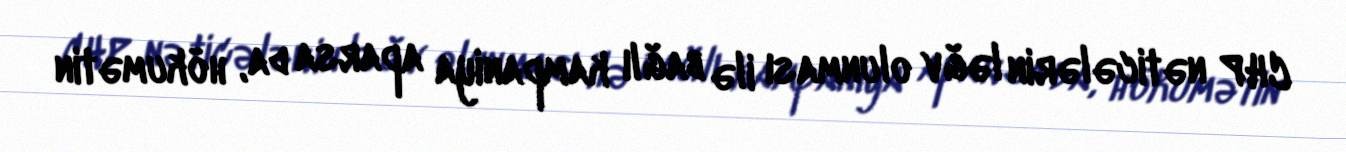
CHP nəticələrin ləğv olunması ilə bağlı kampaniya aparsa da, hökumətin